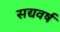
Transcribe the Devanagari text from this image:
सद्यवर्ष